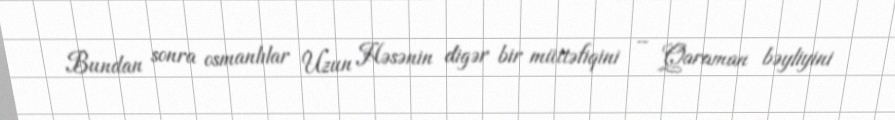
Bundan sonra osmanlılar Uzun Həsənin digər bir müttəfiqini – Qaraman bəyliyini